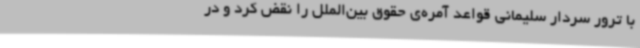
با ترور سردار سلیمانی قواعد آمره‌ی حقوق بین‌الملل را نقض کرد و در